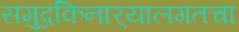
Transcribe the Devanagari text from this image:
समुद्रकिनार्‍यालगतचा